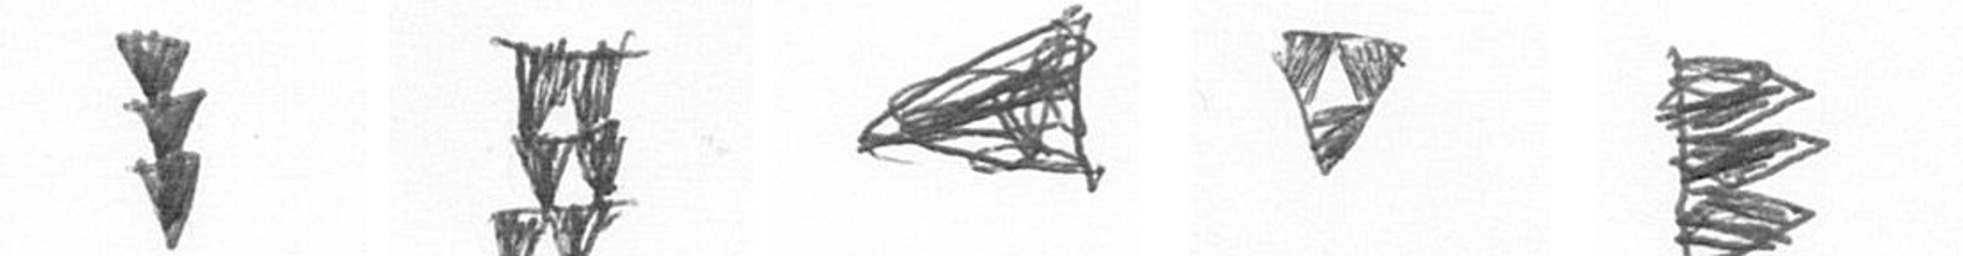
E Y O S H